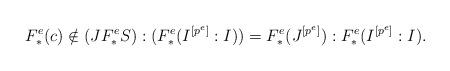
LaTeX: \begin{align*}F_*^e(c)\notin (J F_*^eS):(F_*^e(I^{[p^e]}:I)) = F_*^e(J^{[p^e]}):F_*^e(I^{[p^e]}:I).\end{align*}